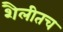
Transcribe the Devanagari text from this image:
शैलीतच